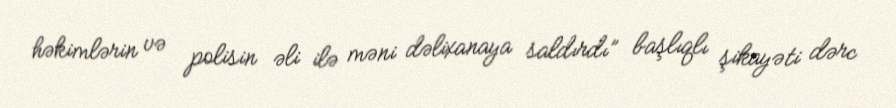
həkimlərin və polisin əli ilə məni dəlixanaya saldırdı” başlıqlı şikayəti dərc